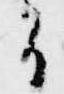
間